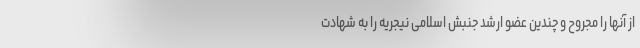
از آنها را مجروح و چندین عضو ارشد جنبش اسلامی نیجریه را به شهادت